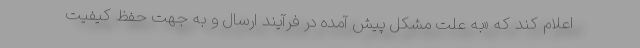
اعلام کند که «به علت مشکل پیش آمده در فرآیند ارسال و به جهت حفظ کیفیت